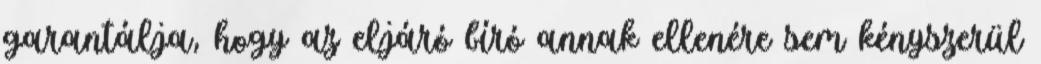
garantálja, hogy az eljáró bíró annak ellenére sem kényszerül